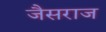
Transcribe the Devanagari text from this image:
जैसराज